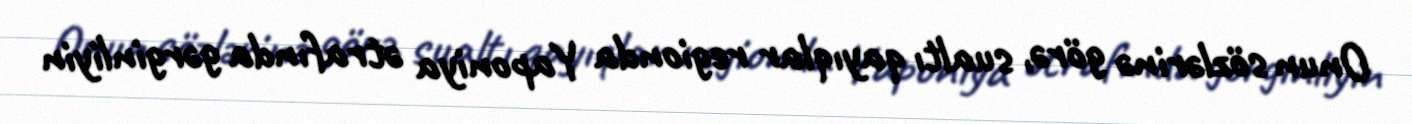
Onun sözlərinə görə, sualtı qayıqlar regionda Yaponiya ətrafında gərginliyin